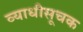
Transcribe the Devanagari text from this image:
व्याधीसूचक